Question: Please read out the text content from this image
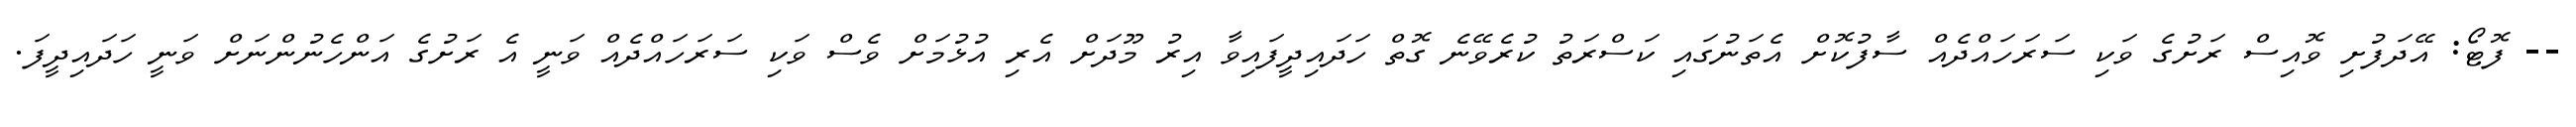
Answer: -- ފޮޓޯ: އޭދަފުށި ވޮއިސް ރަށުގެ ވަކި ސަރަހައްދެއް ސާފުކޮށް އެތަނުގައި ކަސްރަތު ކުރެވޭނެ ގޮތް ހަދައިދީފައިވާ އިރު މޫދަށް އެރި އުޅުމަށް ވެސް ވަކި ސަރަހައްދެއް ވަނީ އެ ރަށުގެ އަންހެނުންނަށް ވަނީ ހަދައިދީފަ.